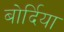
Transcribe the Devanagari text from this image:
बोर्दिया